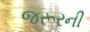
જરૂરની